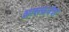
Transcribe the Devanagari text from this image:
शासकवंश